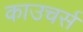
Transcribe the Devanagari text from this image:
काउचर्स